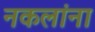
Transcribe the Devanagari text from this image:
नकलांना